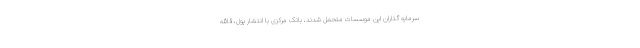
سرمایه گذاران این موسسات متحمل شدند، بانک مرکزی با انتشار پول، قائله